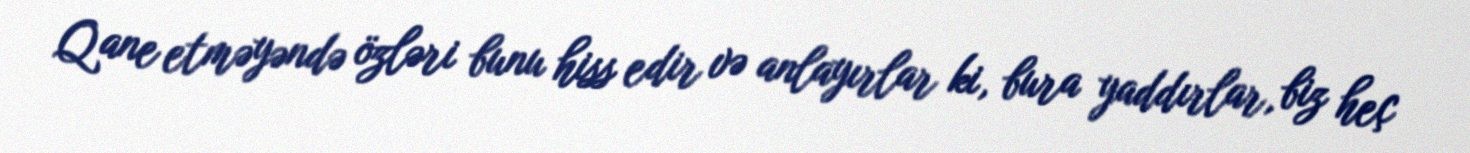
Qane etməyəndə özləri bunu hiss edir və anlayırlar ki, bura yaddırlar, biz heç